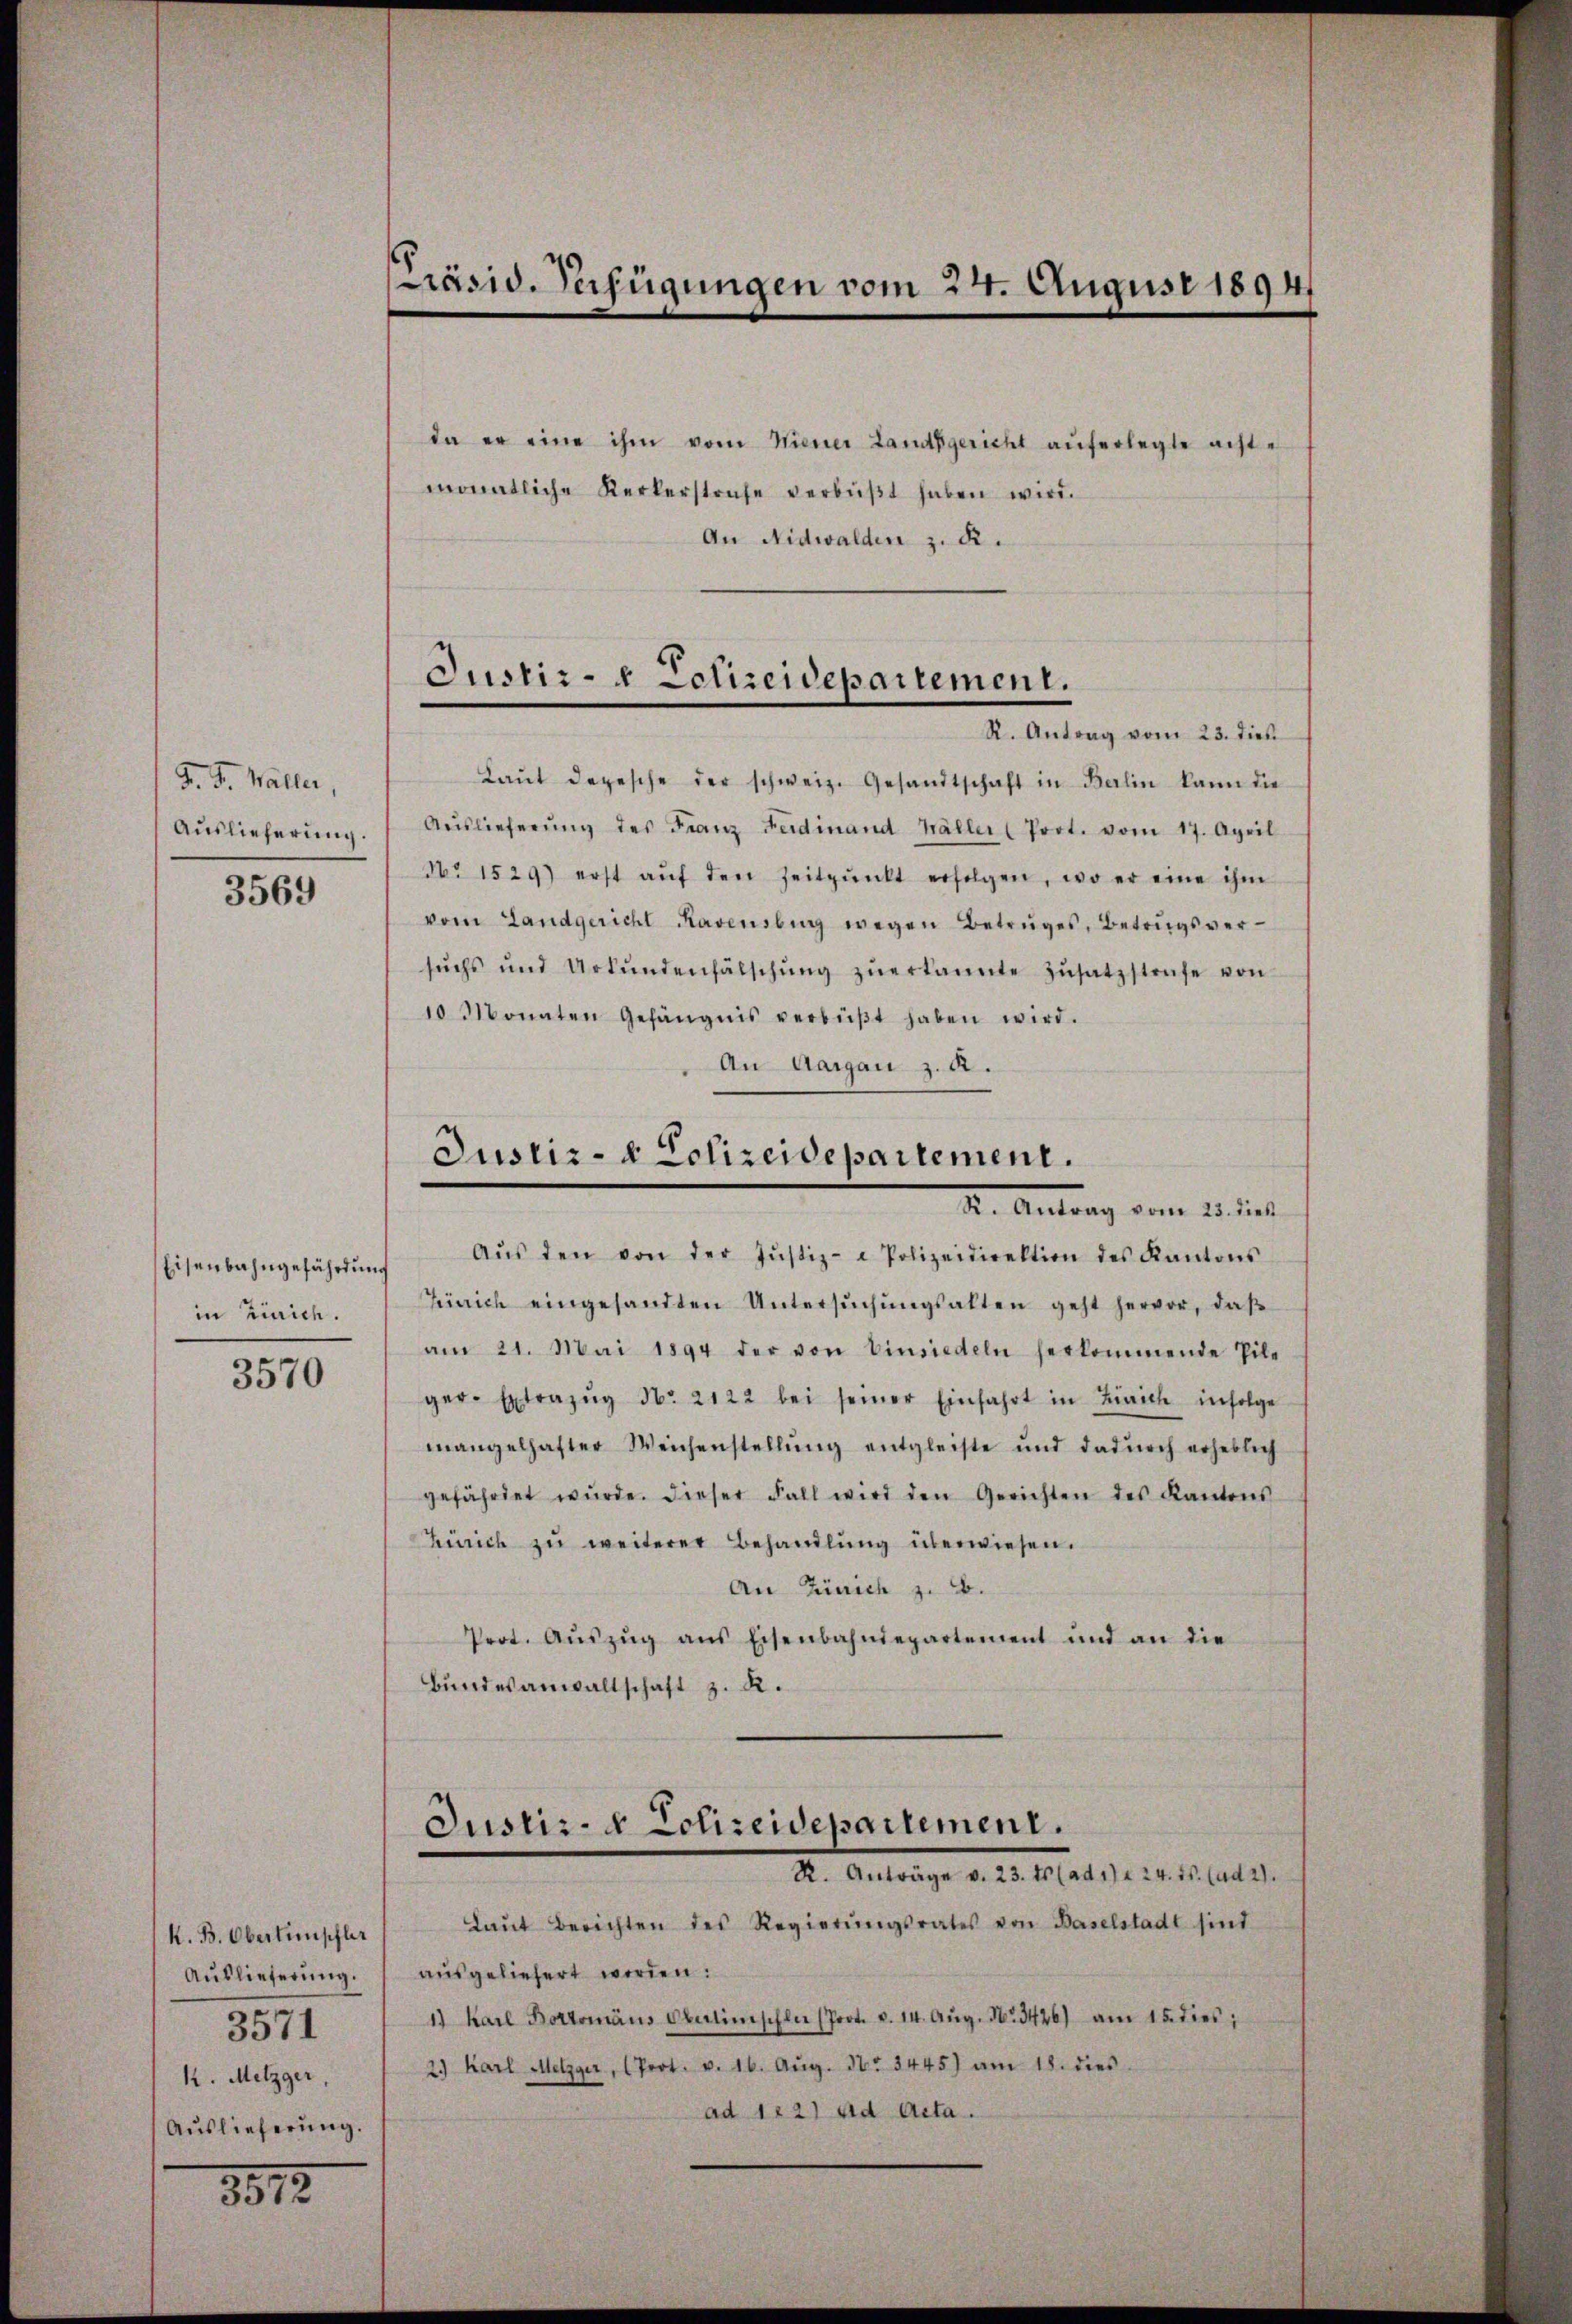
F. J. Waller,
3569

Eisenbahngefährdung
in Zürich.

3570

K. B. Oberlinschler
3571
k. Metzger,
Auslieferung.

1812.

da er eine ihm vom Miener Landsgericht auferlegte achte
monatliche Kerkerstrafe verbüβt haben wird.
An Nidwalden z. d.
Laŭt depesche der schweiz. Gesandtschaft in Berlin kann die
Aŭslieferŭng.  Auslieferŭng des Franz Ferdinand Haller (Port. vom 17. April
No 1529) erst aŭf den Zeitpŭnkt erfolgen, wo er eine ihm
vom Landgericht Ravensburg wegen Betruges, Betrugsversŭchs und Urkŭndenfälschŭng zŭerkannte Zŭsatzstrafe von
10 Monaten Gefängnis verbüβt haben wird.
An Aargau z. A.
Justiz- & Polizeidepartement.
K. Antrag vom 25. dies
Aŭs den von der Justiz- & Polizeidirektion des Kantons
Terrich eingesandten Untersŭchŭngsalten geht hervor, daβ
am 21. Mai 1894 der von Einsiedeln herkommende Pile
ger-Extrazŭg No. 2122 bei seiner Einfahrt in Zürich infolge
mangelhafter Weichenstellŭng entgleiste und dadŭrch erheblich
gefährdet wŭrde. Dieser Fall wird den Gerichten des Kantons
Zürich zŭ weiterer Behandlŭng überwiesen.
An Zürich z. B.
Prot. Aŭszŭg ans Eisenbahndepartement und an die
Bundesanwaltschaft z. R.

Präsid. Verfügungen vom 24. August 1894/

Justiz- u Eclizeidepartement.
R. Antrag vom 23. dies

Justiz- & Polizeidepartement.
R. Anträge v. 23. Es (ad 1) a 24. 15. (ad 2.

Laŭt Berichten des Regierŭngsrates von Baselstadt sind
Aŭslieferŭng. aŭsgeliefert worden:
1) Karl Bottomans Okulinischler (Prot. v. 14. Aŭg. 163426) am 15. dies,
2.) Karl Metzger, (Prot. v. 16. Aŭg. 36. 3445) am 18. dies
ad 122) ad Acta.